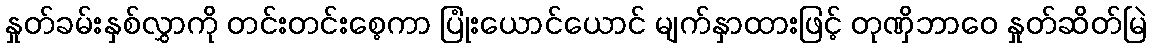
နှုတ်ခမ်းနှစ်လွှာကို တင်းတင်းစေ့ကာ ပြုံးယောင်ယောင် မျက်နှာထားဖြင့် တုဏှိဘာဝေ နှုတ်ဆိတ်မြဲ